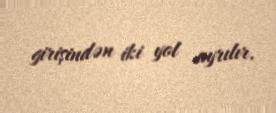
girişindən iki yol ayrılır.